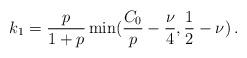
LaTeX: \begin{align*}k_1=\frac{p}{1+p}\min(\frac{C_0}{p}-\frac{\nu}{4},\frac{1}{2}-\nu)\,.\end{align*}